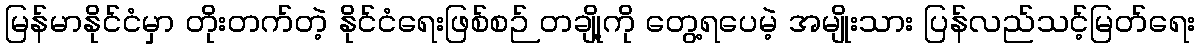
မြန်မာနိုင်ငံမှာ တိုးတက်တဲ့ နိုင်ငံရေးဖြစ်စဉ် တချို့ကို တွေ့ရပေမဲ့ အမျိုးသား ပြန်လည်သင့်မြတ်ရေး